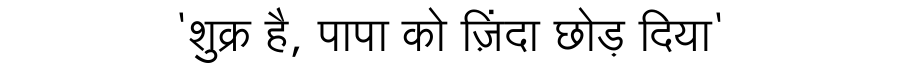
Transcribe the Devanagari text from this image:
'शुक्र है, पापा को ज़िंदा छोड़ दिया'